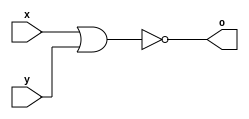
module nor_gate_4bit(x,y,o);

input [3:0] x,y;
output [3:0] o;

assign o = ~(x | y);

endmodule